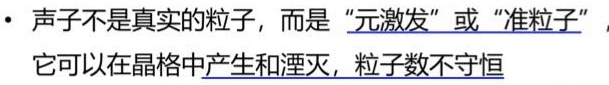
- 声子不是真实的粒子，而是“元激发”或“准粒子”，它可以在晶格中产生和湮灭，粒子数不守恒